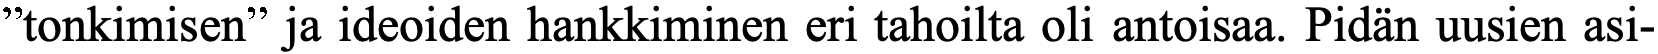
”tonkimisen” ja ideoiden hankkiminen eri tahoilta oli antoisaa. Pidän uusien asi-